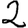
Digit: 2